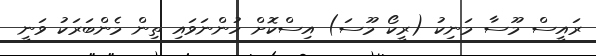
ރައީސް މޫސާ މަނިކު (ރީކޯ މޫސަ) އިސްކޮށް ހުންނަވައި ތިން މެންބަރަކު ވަނީ